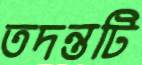
তদন্তটি